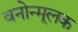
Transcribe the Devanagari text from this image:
वनोन्मूलक